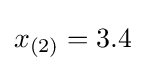
x_{(2)}=3.4